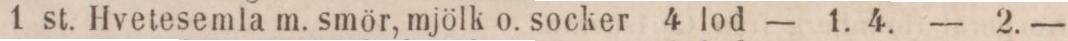
1 st. Hvetesemla m. smör, mjölk o. socker 4 lod    — 1. 4.    — 2. —